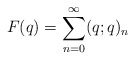
\begin{align*}F(q) = \sum_{n=0}^\infty (q;q)_n\end{align*}